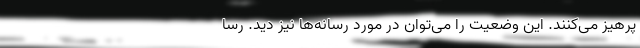
پرهیز می‌کنند. این وضعیت را می‌توان در مورد رسانه‌ها نیز دید. رسا